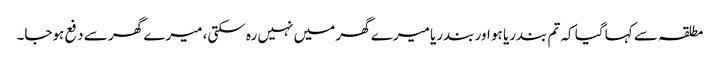
مطلقہ سے کہا گیا کہ تم بندریا ہو اور بندریا میرے گھر میں نہیں رہ سکتی، میرے گھر سے دفع ہوجا۔